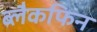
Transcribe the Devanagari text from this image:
ब्लैकफिन